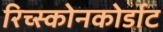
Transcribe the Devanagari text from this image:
रिच्स्कोनकोर्डाट